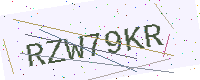
Text: RZW79KR